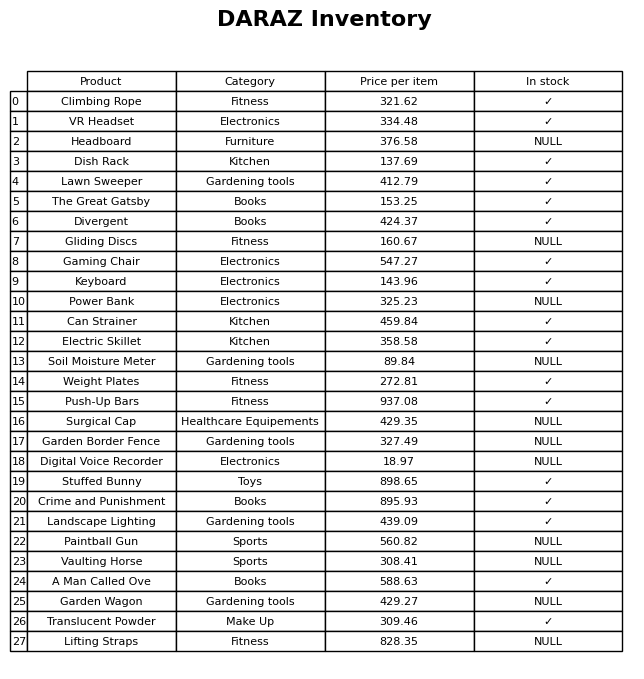
question: Is the Soil Moisture Meter in stock?
answer: NULL